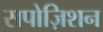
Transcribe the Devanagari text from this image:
सपोज़िशन